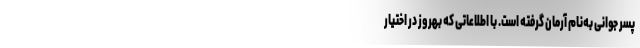
پسر جوانی به‌نام آرمان گرفته است. با اطلاعاتی که بهروز در اختیار